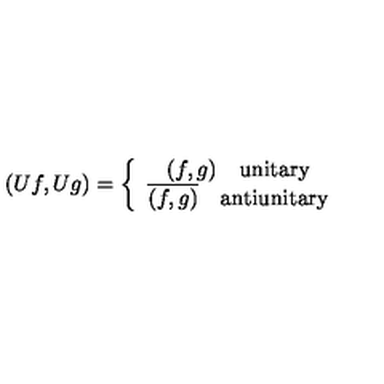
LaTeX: ( U f , U g ) = \left\{ \begin{array} { c } { ( f , g ) \mathrm { \quad u n i t a r y } } \\ { \overline { { ( f , g ) } } \quad \mathrm { a n t i u n i t a r y } } \\ \end{array} \right.